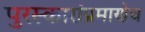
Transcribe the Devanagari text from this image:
पुरस्कारांप्रमाणेच